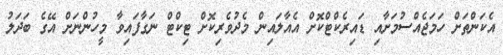
އެކަންތަށް ހަމަޖެއްސުމަށާއި ޑައިރެކްޓްކޮށް އެއާލައިން މެދުވެރިކޮށް ޓިކްޓް ނަގާފައިވާ މީހުންނަށް އޭގެ ބަދަލު